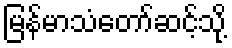
မြန်မာသံတော်ဆင့်သို့